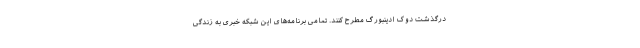
درگذشت دوک ادینبورگ مطرح کنند. تمامی برنامه‌های این شبکه خبری به زندگی